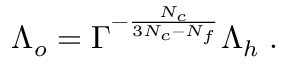
\Lambda _ { o } = \Gamma ^ { - { \frac { N _ { c } } { 3 N _ { c } - N _ { f } } } } \Lambda _ { h } \; .